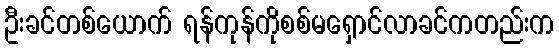
ဦးခင်တစ်ယောက် ရန်ကုန်ကိုစစ်မရှောင်လာခင်ကတည်းက